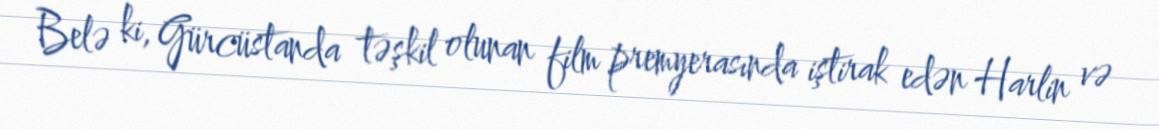
Belə ki, Gürcüstanda təşkil olunan film premyerasında iştirak edən Harlin və